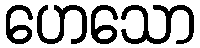
ဟေသော